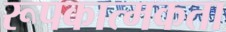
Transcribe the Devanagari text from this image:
रूपकात्मकता